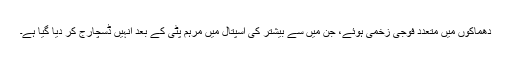
دھماکوں میں متعدد فوجی زخمی ہوئے، جن میں سے بیشتر کی اسپتال میں مرہم پٹی کے بعد انہیں ڈسچارج کر دیا گیا ہے۔